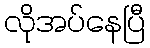
လိုအပ်နေပြီ